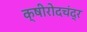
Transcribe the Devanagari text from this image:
क्षीरोदचंद्र